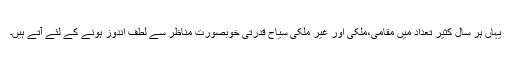
یہاں ہر سال کثیر تعداد میں مقامی،ملکی اور غیر ملکی سیاح قدرتی خوبصورت مناظر سے لطف اندوز ہونے کے لئے آتے ہیں۔